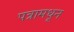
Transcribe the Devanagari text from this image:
पत्रामधून